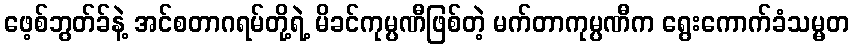
ဖေ့စ်ဘွတ်ခ်နဲ့ အင်စတာဂရမ်တို့ရဲ့ မိခင်ကုမ္ပဏီဖြစ်တဲ့ မက်တာကုမ္ပဏီက ရွေးကောက်ခံသမ္မတ